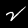
Digit: 2